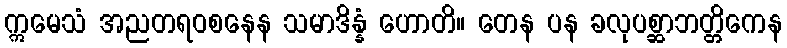
ဣမေသံ အညတရဝစနေန သမာဒိန္နံ ဟောတိ။ တေန ပန ခလုပစ္ဆာဘတ္တိကေန